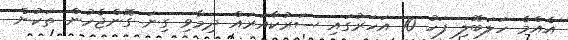
އެއްމެ ހަލަބޮލި ފަހު 10 އަހަރުގައި ސަރުކާއަރައް ދިމާވި ގިނަ ގޮންޖެހުން ތަކުން